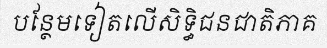
បន្ថែមទៀតលើសិទ្ធិជនជាតិភាគ